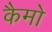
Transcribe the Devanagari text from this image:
कैमो